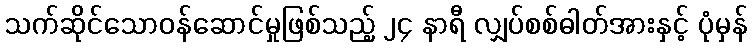
သက်ဆိုင်သောဝန်ဆောင်မှုဖြစ်သည့် ၂၄ နာရီ လျှပ်စစ်ဓါတ်အားနှင့် ပုံမှန်